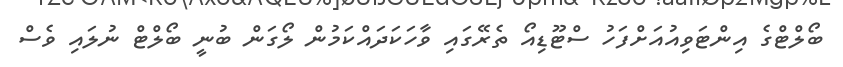
ބޯލްޓްގެ އިންޓަވިއުއަށްފަހު ސްޓޫޑިއޯ ތެރޭގައި ވާހަކަދައްކަމުން ލޯގަން ބުނީ ބޯލްޓް ނުލައި ވެސް